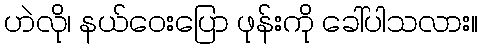
ဟဲလို၊ နယ်ဝေးပြော ဖုန်းကို ခေါ်ပါသလား။